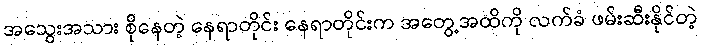
အသွေးအသား စိုနေတဲ့ နေရာတိုင်း နေရာတိုင်းက အတွေ့အထိကို လက်ခံ ဖမ်းဆီးနိုင်တဲ့